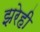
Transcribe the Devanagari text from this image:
झरेही